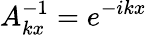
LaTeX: A_{kx}^{-1}=e^{-ikx}